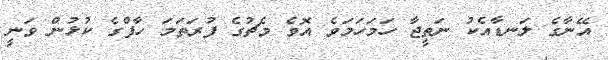
އޭނާގެ ލަނޑާއެކު ނަތީޖާ ހަމަހަމަވެ އޮވެ މެޗުގެ ފުރަތަމަ ހާފްގެ ކުޅުން ވަނީ